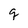
Character: g